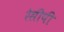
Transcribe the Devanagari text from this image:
रेसीपी